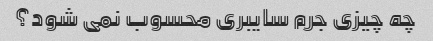
چه چیزی جرم سایبری محسوب نمی شود؟